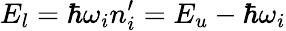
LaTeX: E_{l}=\hbar\omega_{i}n_{i}^{\prime}=E_{u}-\hbar\omega_{i}